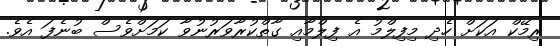
ރިމޭކް އަކަށް ހެދި މިފިލްމު އެ ފިލްމާއި ގާތްކުރާވަރުނުވާ ކަމަށްވެސް ބުނެފަ އެވެ.